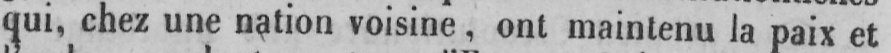
qui, chez une nation voisine, ont maintenu la paix et